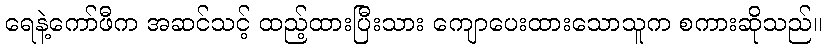
ရေနဲ့ကော်ဖီက အဆင်သင့် ထည့်ထားပြီးသား ကျောပေးထားသောသူက စကားဆိုသည်။